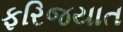
ફરિજયાત